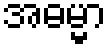
အဓမ္မာ